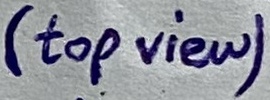
Text: (top view)